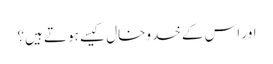
اور اس کے خدوخال کیسے ہوتے ہیں؟